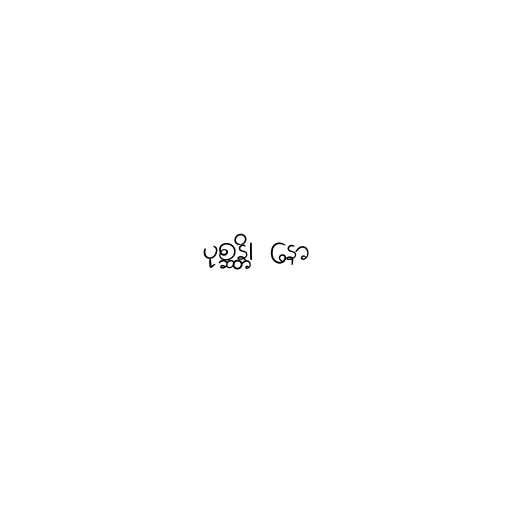
ပုစ္ဆန္တိ၊ နော